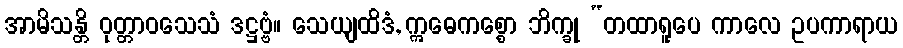
အာမိသန္တိ ဝုတ္တာဝသေသံ ဒဋ္ဌဗ္ဗံ။ သေယျထိဒံ, ဣဓေကစ္စော ဘိက္ခု “တထာရူပေ ကာလေ ဥပကာရာယ